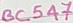
Text: BC547